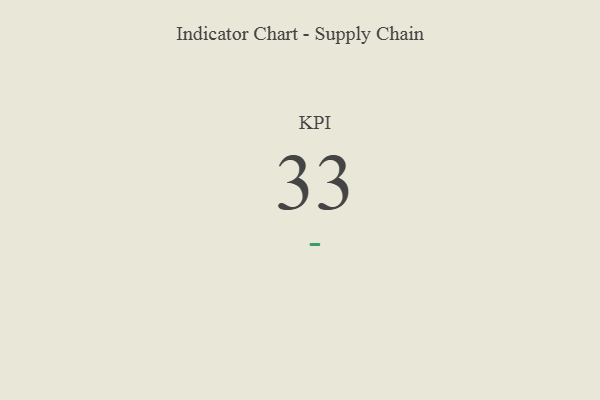
{"axis": {"x": "KPI", "y": "Value"}, "legend": [""], "data": [{"x": "KPI", "y": 33, "type": ""}]}